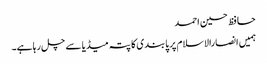
حافظ حسین احمد
ہمیں انصارالاسلام پر پابندی کا پتہ میڈیا سے چل رہا ہے۔